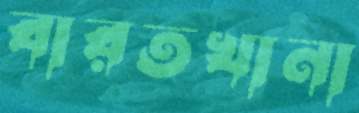
বারতখানা